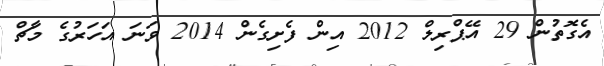
އެގޮތުން 29 އޭޕްރިލް 2012 އިން ފެށިގެން 2014 ވަނަ އަހަރުގެ މާޗް